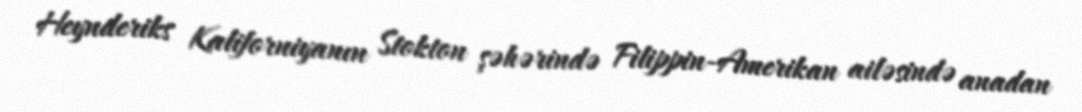
Heynderiks Kaliforniyanın Stokton şəhərində Filippin-Amerikan ailəsində anadan